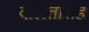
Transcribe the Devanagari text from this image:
दोलतसिंह